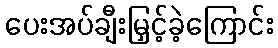
ပေးအပ်ချီးမြှင့်ခဲ့ကြောင်း